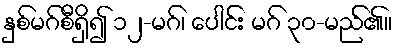
နှစ်မဂ်စီရှိ၍ ၁၂-မဂ်၊ ပေါင်း မဂ် ၃၀-မည်၏။